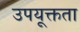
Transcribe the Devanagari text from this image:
उपयूक्तता